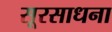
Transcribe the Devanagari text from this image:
सूरसाधना